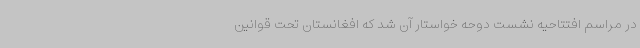
در مراسم افتتاحیه نشست دوحه خواستار آن شد که افغانستان تحت قوانین